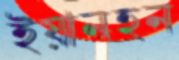
ইয়ানহন